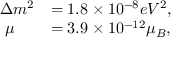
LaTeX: \begin{array} { l l } { { \Delta m ^ { 2 } } } & { { = 1 . 8 \times 1 0 ^ { - 8 } e V ^ { 2 } , } } \\ { { \, \, \mu } } & { { = 3 . 9 \times 1 0 ^ { - 1 2 } \mu _ { B } , } } \end{array}